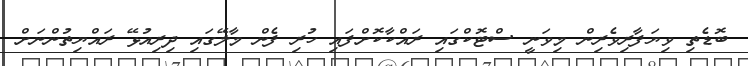
ބޮޑެތި ވިޔަފާރިވެރިން މިވަނީ ސްޓޮކްގައި ރައްކާކޮށްފައި ހުރި ފެން މާލޭގައި ދިރިއުޅޭ ރައްޔިތުންނަށް